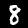
Digit: 8